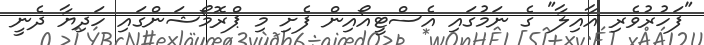
"ފަހުރުވެރި އާއިލާ" ގެ ނަމުގައި އެސްޓީއޯއިން ފެށި މި ޕްރޮމޯޝަންގައި ހަދިޔާ ދެނީ